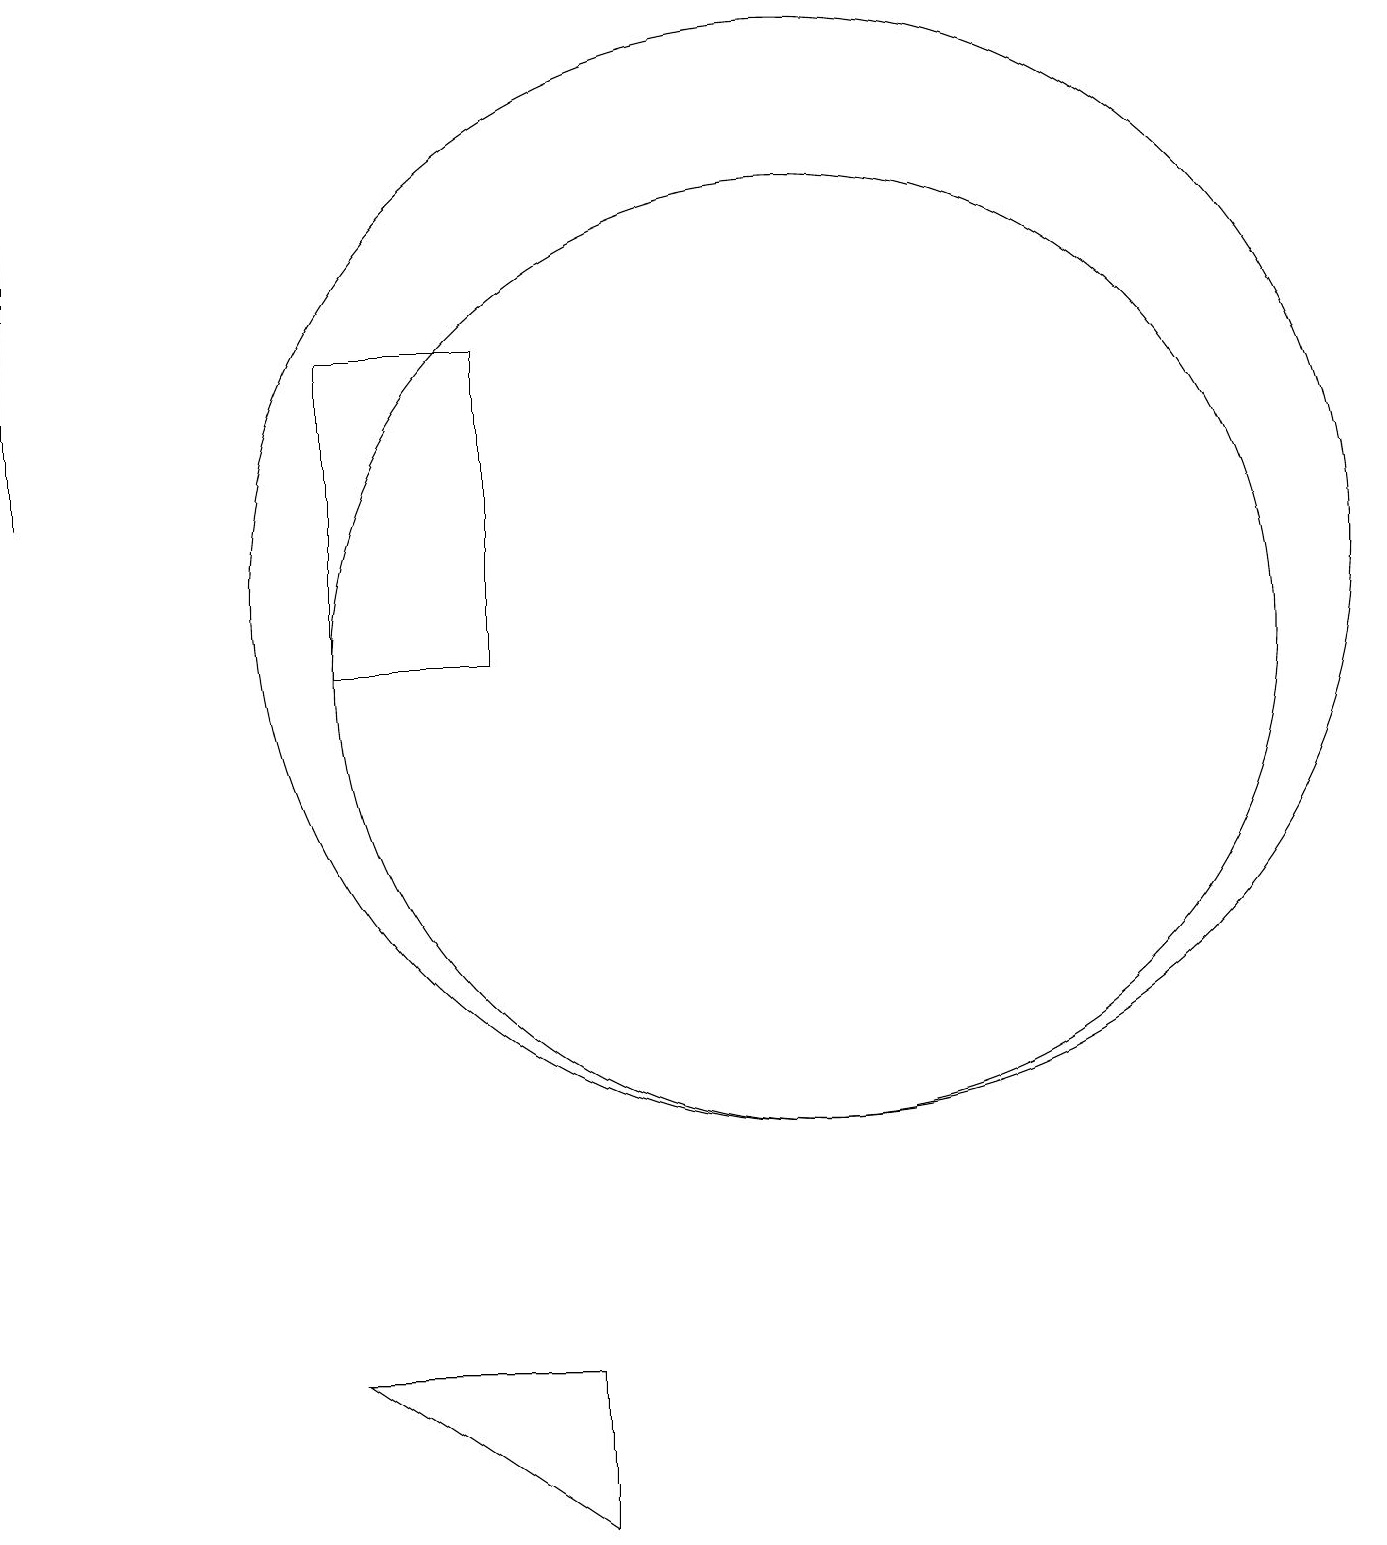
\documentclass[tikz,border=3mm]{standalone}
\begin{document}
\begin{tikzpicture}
\draw (10,12) circle (7);
\draw (10,11) circle (6);
\draw (0,17) rectangle (0,13);
\draw (7,2) -- (4,2) -- (7,0) -- cycle;
\draw (4,19) rectangle (4,19);
\draw (4,15) rectangle (6,11);
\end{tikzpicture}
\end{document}